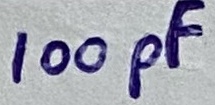
Text: 100pF